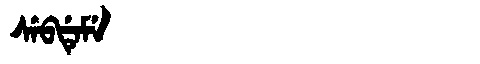
Manchu: ᠰᡝᠪᡩᡝᠮᡝ
Romanization: SEBDEME